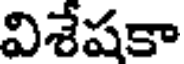
విశేషకా